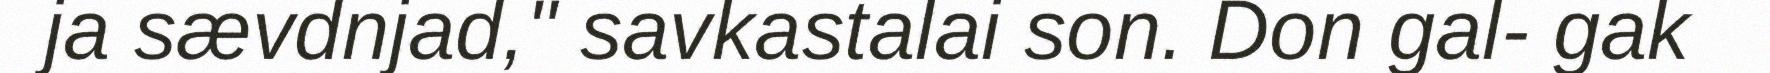
ja sævdnjad," savkastalai son. Don gal- gak